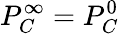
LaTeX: P_{C}^{\infty}=P_{C}^{0}